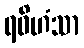
ရဝိဟံသာ